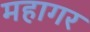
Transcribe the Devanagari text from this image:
महागर